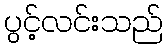
ပွင့်လင်းသည်